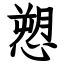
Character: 愬